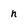
Character: n